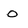
Character: O